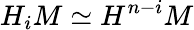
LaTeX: H_{i}M\simeq H^{n-i}M